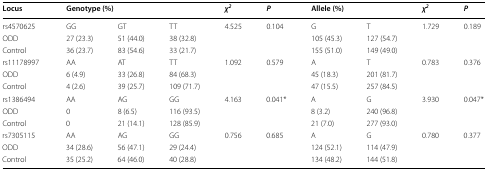
| Locus | <COLSPAN=3> Genotype (%) | χ2 | P | <COLSPAN=2> Allele (%) | χ2 | P |
 | --- | --- | --- | --- | --- | --- | --- | --- | --- | --- |
 | rs4570625 | GG | GT | TT | <ROWSPAN=3> 4.525 | <ROWSPAN=3> 0.104 | G | T | <ROWSPAN=3> 1.729 | <ROWSPAN=3> 0.189 |
 | ODD | 27 (23.3) | 51 (44.0) | 38 (32.8) | 105 (45.3) | 127 (54.7) |
 | Control | 36 (23.7) | 83 (54.6) | 33 (21.7) | 155 (51.0) | 149 (49.0) |
 | rs11178997 | AA | AT | TT | <ROWSPAN=3> 1.092 | <ROWSPAN=3> 0.579 | A | T | <ROWSPAN=3> 0.783 | <ROWSPAN=3> 0.376 |
 | ODD | 6 (4.9) | 33 (26.8) | 84 (68.3) | 45 (18.3) | 201 (81.7) |
 | Control | 4 (2.6) | 39 (25.7) | 109 (71.7) | 47 (15.5) | 257 (84.5) |
 | rs1386494 | AA | AG | GG | <ROWSPAN=3> 4.163 | <ROWSPAN=3> 0.041* | A | G | <ROWSPAN=3> 3.930 | <ROWSPAN=3> 0.047* |
 | ODD | 0 | 8 (6.5) | 116 (93.5) | 8 (3.2) | 240 (96.8) |
 | Control | 0 | 21 (14.1) | 128 (85.9) | 21 (7.0) | 277 (93.0) |
 | rs7305115 | AA | AG | GG | <ROWSPAN=3> 0.756 | <ROWSPAN=3> 0.685 | A | G | <ROWSPAN=3> 0.780 | <ROWSPAN=3> 0.377 |
 | ODD | 34 (28.6) | 56 (47.1) | 29 (24.4) | 124 (52.1) | 114 (47.9) |
 | Control | 35 (25.2) | 64 (46.0) | 40 (28.8) | 134 (48.2) | 144 (51.8) |